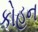
કોહન